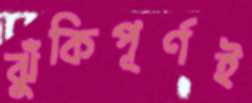
ঝুঁকিপূর্ণই